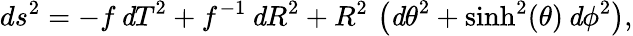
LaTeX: ds^{2}={\displaystyle-f\, {\mathit dT}^{2}+f^{-1}\, {\mathit dR}^{2}+R^{2}\, \left({\mathit d\theta}^{2}+\sinh^{2}(\theta)\, {\mathit d\phi}^{2}\right)},